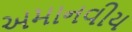
અમાનવીય